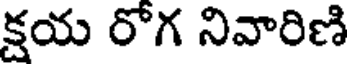
క్షయ రోగ నివారిణి